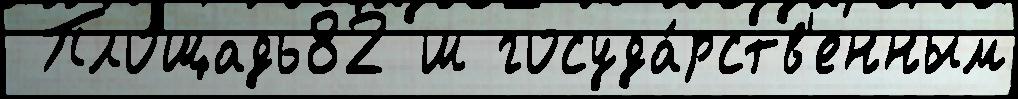
 Площадь82 ш госуда́рств'енным